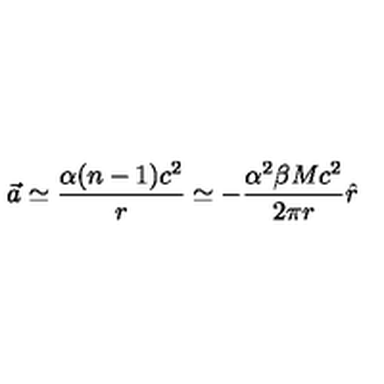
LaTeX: \vec { a } \simeq \frac { \alpha ( n - 1 ) c ^ { 2 } } { r } \simeq - \frac { \alpha ^ { 2 } \beta M c ^ { 2 } } { 2 \pi r } \hat { r }